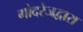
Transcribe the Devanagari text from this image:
गोदरेजद्वारा